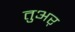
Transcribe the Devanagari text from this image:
तुअर्